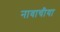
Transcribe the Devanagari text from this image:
नावाचीया